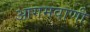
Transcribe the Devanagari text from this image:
आगमवाणी